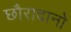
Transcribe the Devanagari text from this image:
छौरादानो